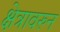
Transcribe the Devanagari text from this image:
क्षेत्रावरुन